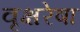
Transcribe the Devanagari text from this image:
वृक्षरेषा